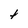
Character: t